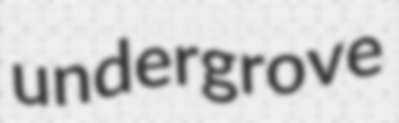
undergrove